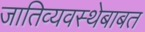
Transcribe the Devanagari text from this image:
जातिव्यवस्थेबाबत